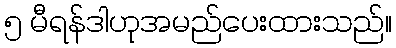
၅ မီရန်ဒါဟုအမည်ပေးထားသည်။